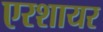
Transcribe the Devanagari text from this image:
एरशायर